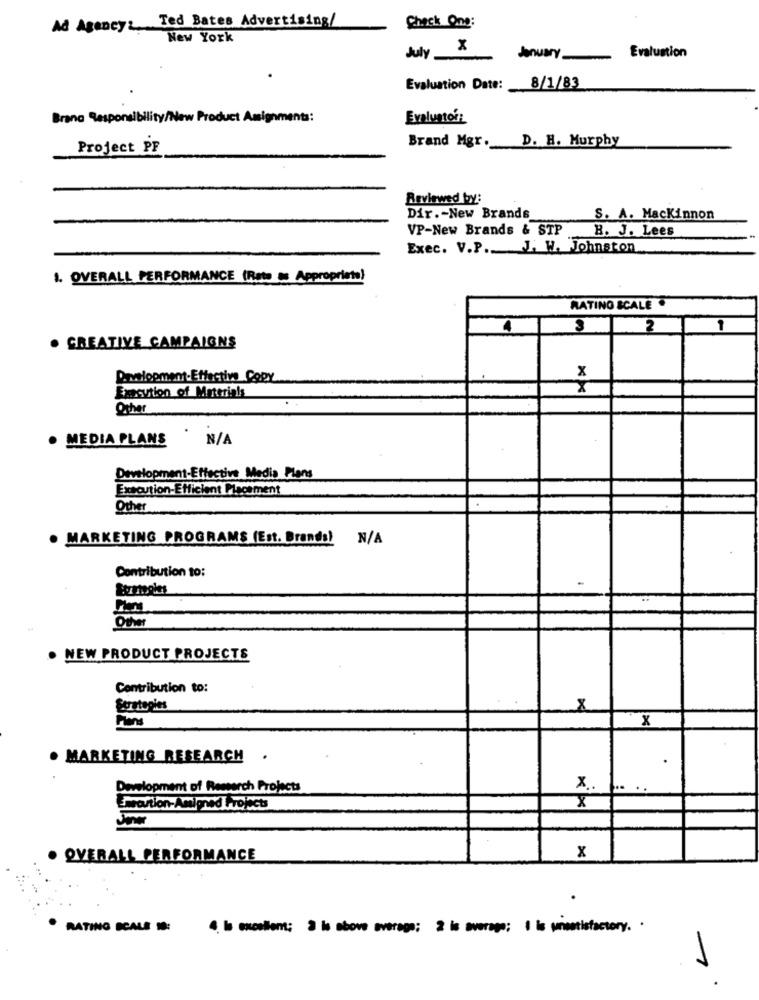
Ad Agency: Ted Bates Advertising/
Check One:
New York
July X
January
Evaluation
Evaluation Date: 8/1/83
Brana Responsibility/New Product Assignments:
Evaluntor:
Brand Mgr. D. H. Murphy
Project PF
Reviewed by:
Dir .- New Brands
S. A. Mackinnon
VP-New Brands & STP
B. J. Lees
Exec. V.P. J. W. Johnston
1. OVERALL PERFORMANCE (Rats as Appropriate)
RATING SCALE .
4
3
2
· CREATIVE CAMPAIGNS
x
Prvelopment-Effectiw Copy
Execution of Materials
Other
. MEDIA PLANS
. N/A
Development-Effective Media Plans
Execution-Efficient Placement
Other
· MARKETING PROGRAMS (Est. Brands) N/A
Contribution to:
Other
NEW PRODUCT PROJECTS
Contribution to:
8
Plans
x
. MARKETING RESEARCH
.
Development of Research Projects
x.
Excartion-Amigned Projects
X
Joner
OVERALL PERFORMANCE
x
RATING SCALE 1:
.5mm; ... ..: 2 is average: I is unestisfactory. ·